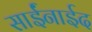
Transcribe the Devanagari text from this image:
साईंनाईद